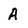
Character: A